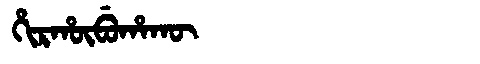
Manchu: ᡥᡳᡵᡥᡡᠪᡠᡥᠠᡴᡡ
Romanization: HIRHŪBUHAKŪ